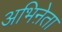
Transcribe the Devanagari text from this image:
अभिऩेता